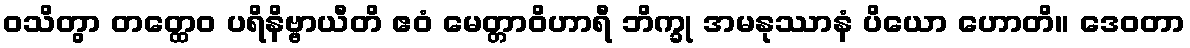
ဝသိတွာ တတ္ထေဝ ပရိနိဗ္ဗာယီတိ ဧဝံ မေတ္တာဝိဟာရီ ဘိက္ခု အမနုဿာနံ ပိယော ဟောတိ။ ဒေဝတာ